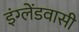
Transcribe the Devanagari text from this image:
इंग्लेंडवासी